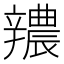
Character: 𨐺